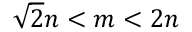
{ \sqrt { 2 } } n < m < 2 n